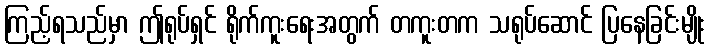
ကြည့်ရသည်မှာ ဤရုပ်ရှင် ရိုက်ကူးရေးအတွက် တကူးတက သရုပ်ဆောင် ပြနေခြင်းမျိုး